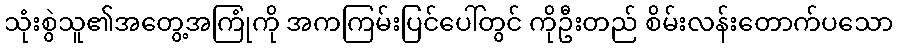
သုံးစွဲသူ၏အတွေ့အကြုံကို အကကြမ်းပြင်ပေါ်တွင် ကိုဦးတည် စိမ်းလန်းတောက်ပသော